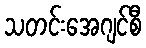
သတင်းအေဂျင်စီ